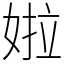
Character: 𡝰